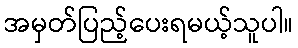
အမှတ်ပြည့်ပေးရမယ့်သူပါ။